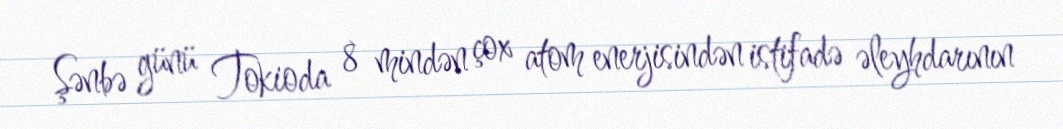
Şənbə günü Tokioda 8 mindən çox atom enerjisindən istifadə əleyhdarının